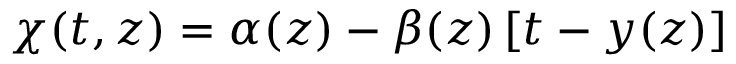
\chi ( t , z ) = \alpha ( z ) - \beta ( z ) \left[ t - y ( z ) \right]